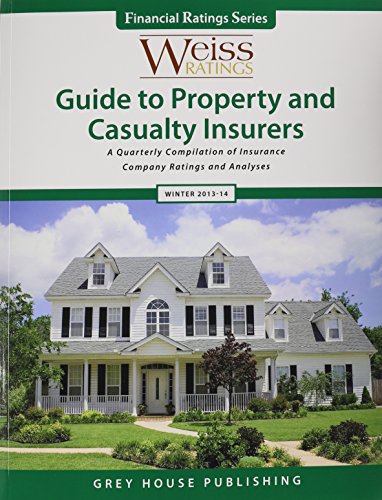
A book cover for Weiss Ratings Guide to Property & Casualty Insurers; Business & Money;